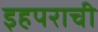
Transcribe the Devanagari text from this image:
इहपराची